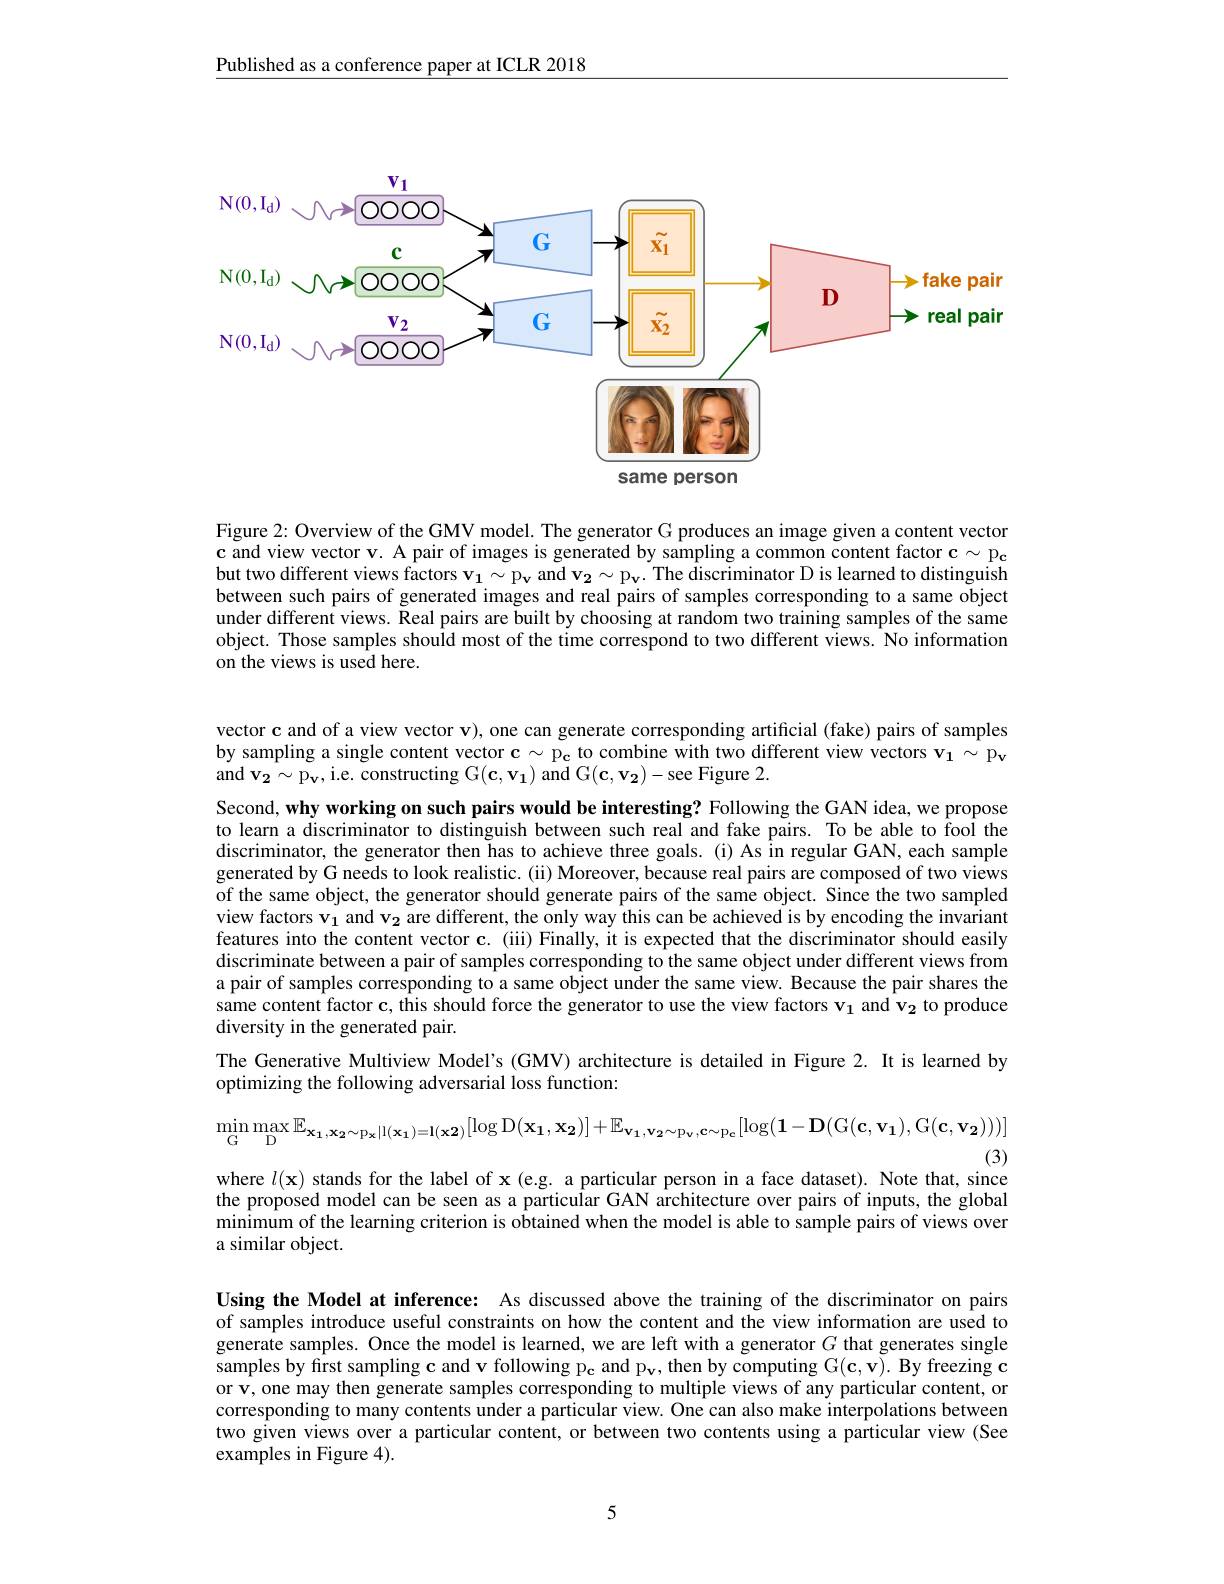
Published as a conference paper at ICLR 2018

<FigureHere>

same person

Figure 2: Overview of the GMV model. The generator G produces an image given a content vector $\mathbf{c}$ and view vector v. A pair of images is generated by sampling a common content factor $\mathbf{c}\sim\mathbf{p}_{\mathbf{c}}$ but two different views factors $\mathbf{v_1}\sim\mathbf{p_v}$ and $\mathbf{v_2}\sim\mathbf{p_v}.$ The discriminator D is learned to distinguish between such pairs of generated images and real pairs of samples corresponding to a same object under different views. Keal pairs are built by choosing at random two training samples of the same object. Those samples should most of the time correspond to two different views. No information on the views is used here.

vector c and of a view vector v), one can generate corresponding artificial (fake) pairs of samples by sampling a single content vector $\mathbf{c}\sim\mathbf{p_c}$ to combine with two different view vectors $\mathbf{v_1}\sim\mathbf{p_v}$ and $\mathbf{v_{2}\sim p_{v},i.e.~constructing~G(c,v_{1})~and~G(c,v_{2})-see~Figure~2.}$

Second, why working on such pairs would be interesting? Following the GAN idea, we propose to learn a discriminator to distinguish between such real and fake pairs. To be able to fool the discriminator, the generator then has to achieve three goals. (i) As in regular GAN, each sample generated by G needs to look realistic. (ii) Moreover, because real pairs are composed of two views of the same object, the generator should generate pairs of the same object. Since the two sampled view factors $\mathbf{v_1}$ and $\mathbf{v_2}$ are different, the only way this can be achieved is by encoding the invariant features into the content vector c. (iii) Finally, it is expected that the discriminator should easily discriminate between a pair of samples corresponding to the same object under different views from a pair of samples corresponding to a same object under the same view. Because the pair shares the same content factor c, this should force the generator to use the view factors $\mathbf{v_1}$ and $\mathbf{v_2}$ to produce diversity in the generated pair.
The Generative Multiview Model's (GMV) architecture is detailed in Figure 2. It is learned by
optimizing the following adversarial loss function:

$\operatorname* { min} _{{\mathrm{G~D~}}}\operatorname* { max} _{{\mathrm{D} }}\mathbb{E} _{{\mathbf{x_{1}, x_{2}\sim p_{x}| l( x_{1}) = l( x_{2}) }}}[ \log \mathcal{D} ( \mathbf{x_{1}, x_{2}) }] + \mathbb{E} _{{\mathbf{v_{1}, v_{2}\sim p_{v}, c\sim p_{c}}}}[ \log ( \mathbf{1- D}( \mathcal{G} ( \mathbf{c} , \mathbf{v_{1}} ) , \mathcal{G} ( \mathbf{c} , \mathbf{v_{2}} ) ) ) ]$
(3)
where $l(\mathbf{x})$ stands for the label of x (e.g. a particular person in a face dataset). Note that, since

the proposed model can be seen as a particular GAN architecture over pairs of inputs, the global minimum of the learning criterion is obtained when the model is able to sample pairs of views over a similar object.

Using the Model at inference: As discussed above the training of the discriminator on pairs of samples introduce useful constraints on how the content and the view information are used to generate samples. Once the model is learned, we are left with a generator $G$ that generates single samples by first sampling c and v following p$_{\mathbf{c}}$ and p$_{\mathbf{v}}$, then by computing G$(\mathbf{c},\mathbf{v}).$ By freezing c or v, one may then generate samples corresponding to multiple views of any particular content, or corresponding to many contents under a particular view. One can also make interpolations between two given views over a particular content, or between two contents using a particular view (See examples in Figure 4).

5